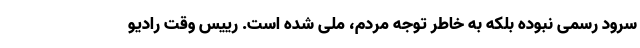
سرود رسمی نبوده بلکه به خاطر توجه مردم، ملی شده است. رییس وقت رادیو